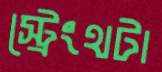
স্ট্রেংথটা